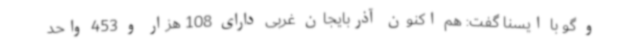
و گو با ایسنا گفت: هم اکنون آذربایجان غربی دارای 108 هزار و 453 واحد